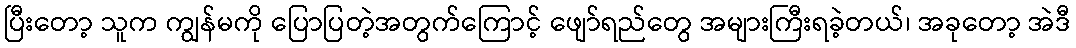
ပြီးတော့ သူက ကျွန်မကို ပြောပြတဲ့အတွက်ကြောင့် ဖျော်ရည်တွေ အများကြီးရခဲ့တယ်၊ အခုတော့ အဲဒီ